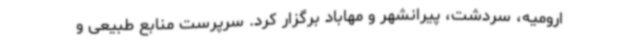
ارومیه، سردشت، پیرانشهر و مهاباد برگزار کرد. سرپرست منابع طبیعی و